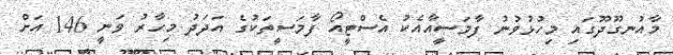
މާއުނގޫދޫގައި މިހުޅުވުނު ފާމަސީއާއެކު އެސްޓީއޯ ފާމަސީތަކުގެ އަދަދު މިހާރު ވަނީ 146 އަށް